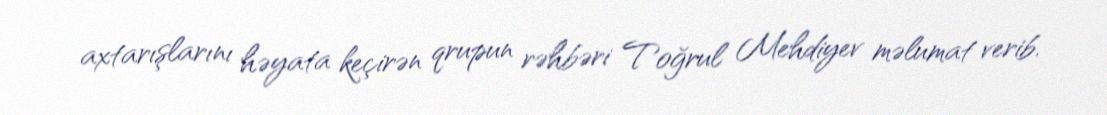
axtarışlarını həyata keçirən qrupun rəhbəri Toğrul Mehdiyev məlumat verib.